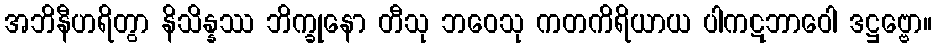
အဘိနီဟရိတွာ နိသိန္နဿ ဘိက္ခုနော တီသု ဘဝေသု ကတကိရိယာယ ပါကဋဘာဝေါ ဒဋ္ဌဗ္ဗော။